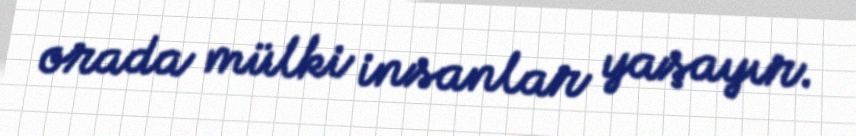
orada mülki insanlar yaşayır.